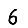
Digit: 6